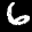
Label: 6